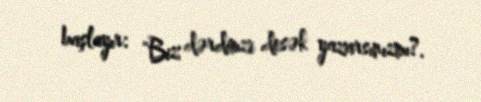
başlayır: "Biz dərdimzi desək yazarsınızmı?.